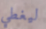
ليغطي